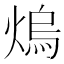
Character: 熓